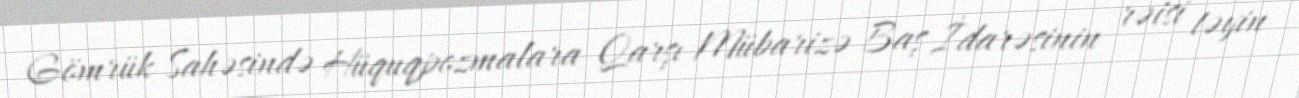
Gömrük Sahəsində Hüquqpozmalara Qarşı Mübarizə Baş İdarəsinin rəisi təyin